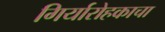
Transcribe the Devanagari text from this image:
गिर्यारोहकाचा